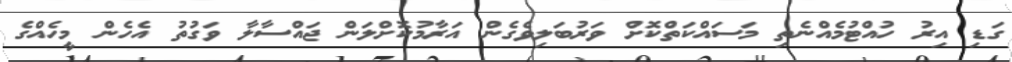
ގަޑި އިރު ހުއްޓުމެއްނެތި މަސައްކަތްކޮށް ވަރުބަލިވެގެން އަރާމުކޮށްލަން ޖައްސާލާ ވަގުތު އެހެން މީހެއްގެ